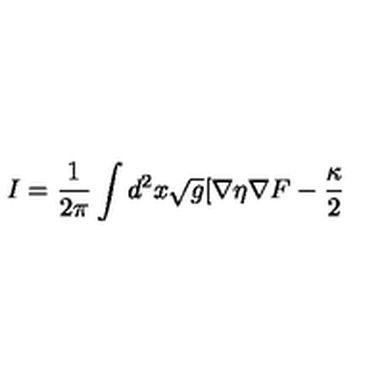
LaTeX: I = \frac { 1 } { 2 \pi } \int d ^ { 2 } x \sqrt { g } [ \nabla \eta \nabla F - \frac { \kappa } { 2 }